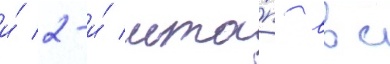
и́ 2-и́ мта́п ввс